Report on vaccination in Madras 1922-1929 - 1922-1929
Year: 1922
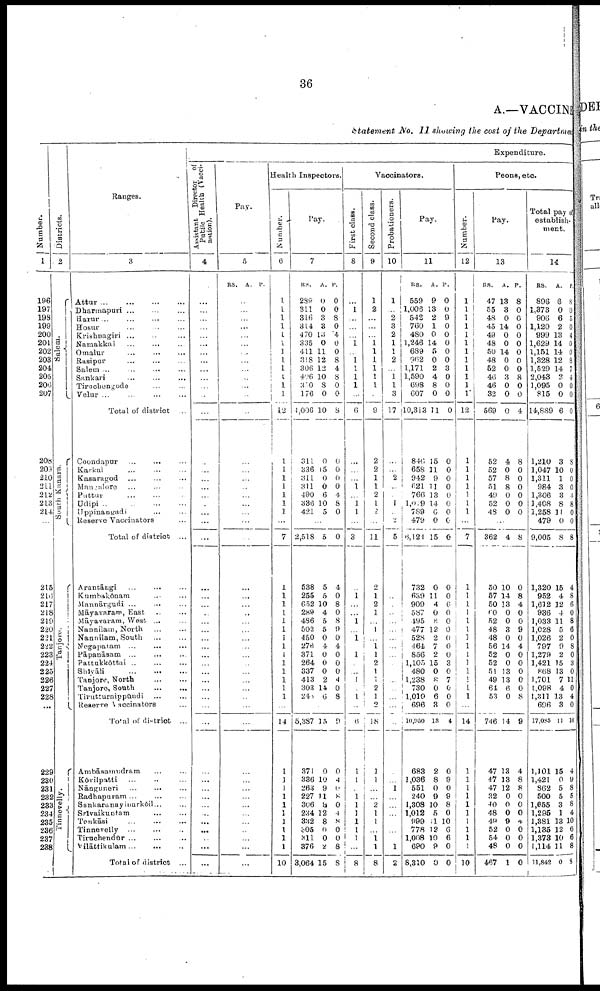
36
A.—VACCINE
Statement No. II showing the cost of the Department
Number.
1
196
197
198
199
200
201
202
203
204
205
206
207
208
209
210
211
212
213
214
215
216
217
218
219
220
221
222
223
224
225
226
227
228
...
229
230
231
232
233
234
235
236
237
238
Districts.
2
Salem.
South Kanara.
Tanjore.
Tinnevelly.
Ranges.
3
Attar
...
...
...
...
Dharmapuri ... ... ...
Harur... ... ... ...
Hosur
...
...
Krishnagiri ... ... ...
Namakkal ... ... ...
Omalur ... ... ...
Rasipur
...
...
...
Salem ... ... ... ...
Sankari
...
...
...
Tiruchengode ... ...
Velur ... ... ... ...
Total of district ...
Coondapur
...
... ...
Karkal ... ... ...
Kasaragod ... ... ...
Mangalore ... ... ...
Puttur
...
...
...
Udipi
...
...
...
...
Uppinangadi ... ...
Reserve Vaccinators ... ...
Total of district ...
Arantāngi
...
...
...
Kumbakōnam ... ...
Mannārgudi ... ... ...
Māyavaram, East ... ...
Māyavaram, West ... ...
Nannilam, North
...
...
Nannilam, South
...
...
Negapatam ...
...
...
Pāpanāsam ... ... ...
Pattakkōttai ... ... ...
Shīyāli
...
...
...
Tanjore, North ... ...
Tanjore, South
...
...
Tirutturaippūndi ... ...
Reserve Vaccinators ...
Total of district ...
Ambāsamudram ... ...
Kōvilpatti ... ...
Nānguneri ... ... ...
Radhapuram
...
...
...
Sankaranaymarkōil ... ...
Srīvaikuotam ... ...
Tenkāsi ... ... ...
Tinnevelly ... ... ...
Tiruchendūr ... ... ...
Vilāttikulam
...
...
...
Total of district ...
Expenditure.
Assistant Director of
Pubilc Health (Vacci
nation).
4
...
...
...
...
...
...
...
...
...
...
...
...
...
...
...
...
...
...
...
...
...
...
...
...
...
...
...
...
...
...
...
...
...
...
...
...
...
...
...
...
...
...
...
...
...
...
...
...
...
Pay.
5
RS. A. P.
...
...
...
...
...
...
...
...
...
...
...
...
...
...
...
...
...
...
...
...
...
...
...
...
...
...
...
...
...
...
...
...
...
...
...
...
...
...
...
...
...
...
...
...
...
...
...
...
...
Health Inspectors.
Number.
6
1
1
1
1
1
1
1
1
1
1
1
1
12
1
1
1
1
1
1
1
1
7
1
...
...
...
...
...
...
...
...
...
...
...
...
...
...
14
...
...
...
...
...
...
...
...
...
...
10
Pay.
7
RS.
289
311
310
314
470
335
411
318
306
406
330
176
4,006
311
336
311
311
490
336
421
A.
0
0
3
3
13
0
11
12
12
10
8
0
10
0
15
0
0
6
10
5
P.
0
0
8
0
4
0
0
8
4
8
0
0
8
0
0
0
0
4
8
0
...
2,518
538
255
652
289
436
502
450
276
371
264
337
413
303
243
5
5
5
10
4
5
5
0
4
0
0
0
2
14
6
0
4
0
8
0
8
9
0
4
0
0
0
4
0
8
...
5,387
371
336
263
227
306
234
332
305
311
376
3,064
15
0
10
9
11
9
12
8
0
0
2
15
9
0
4
0
8
0
4
8
0
0
8
8
Vaccinators.
First class.
8
...
1
...
...
...
1
...
1
1
1
1
...
6
...
...
...
1
...
1
1
...
3
...
1
...
...
1
...
1
...
1
...
...
1
...
1
...
9
1
...
...
...
...
...
...
1
1
...
8
Second class.
9
1
2
...
...
...
1 1
1
1
1
1
...
9
2
2
1
1
2
1
2
...
11
2
1
2
1
...
1
...
1
1
2
1
1
2
1
2
18
1
1
...
...
2
1
1
...
1
1
8
Probationers.
10
1
1
...
2
3
2
1
1
2
...
1 1
3
17
...
...
2
...
...
1
...
2
5
...
...
...
...
...
...
...
...
...
...
...
...
...
...
...
...
...
...
...
...
...
...
...
...
...
1
2
Pay.
11
RS.
559
1,006
542
760
480
1,246
689
962
1,171
1,590
698
607
10,313
846
658
942
621
766
1,019
789
479
6,124
732
639
909
587
495
477
528
464
856
1,105
480
1,238
730
1,010
696
10,950
683
1,036
551
240
1,308
1,012
999
778
1,008
690
8,310
A.
9
13
2
1
0
14
5
0
2
4
8
0
11
15
11
9
11
13
14
6
0
15
0
11
4
0
8
12
2
7
2
15
0
8
0
6
3
13
2
8
0
9
10
5
11
12
10
9
0
P.
0
0
9
0
0
0
0
0
3
0
0
0
0
0
0
0
0
0
0
0
0
0
0
0
6
0
0
0
0
0
0
3
0
7
0
0
0
4
0
9
0
9
8
0
10
6
6
0
0
Peons, etc.
Number.
12
1
1
1
1
1
1
1
1
1
1
1
1
12
1
1
1
1
1
1
1
...
7
1
...
1
1
1
1
1
1
1
1
1
1
1
1
...
14
1
1
1
1
1
1
1
1
1
1
10
Pay.
13
RS.
47
55
48
45
49
48
50
48
52
46
46
32
569
52
52
57
51
49
52
48
A.
13
3
0
14
0
0
14
0
0
8
0
0
0
4
0
8
8
0
0
0
P.
8
0
0
0
0
0
0
0
0
8
0
0
4
8
0
0
0
0
0
0
...
362
50
57
50
60
52
48
48
56
52
52
51
49
64
53
4
10
14
13
0
0
3
0
14
0
0
13
13
6
0
8
0
8
4
0
0
9
0
4
0
0
0
0
0
8
...
746
47
47
47
32
40
48
49
52
54
48
497
14
13
13
12
0
0
0
9
0
0
0
1
9
4
8
8
0
0
0
4
0
0
0
0
Total pay of
establish
ment.
14
RS.
896
1,373
906
1,120
999
1,629
1,151
1,328
1,529
2,043
1,095
815
14,889
1,210
1,047
1,311
984
1,306
1,408
1,258
479
9,005
1,320
952
1,612
936
1,033
1,028
1,026
797
1,279
1,421
868
1,701
1,098
1,811
696
17,085
1,101
1,421
862
500
1,655
1,295
1,381
1,185
1,373
1,114
11,842
A.
6
0
6
2
13
14
14
12
14
2
0
0
6
3
10
1
3
3
8
11
0
8
15
4
12
4
11
5
2
9
2
15
13
7
4
13
8
11
15
0
5
5
3
1
13
12
10
11
0
P.
8
0
5
0
4
0
0
8
7
4
0
0
0
8
0
0
0
4
8
0
0
8
4
8
6
0
8
6
0
8
0
3
0
11
0
4
0
10
4
9
8
5
8
4
10
6
6
8
8